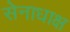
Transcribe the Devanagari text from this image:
सेनाधाक्ष